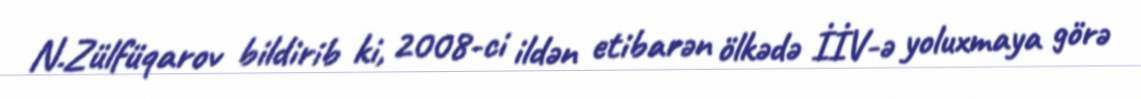
N.Zülfüqarov bildirib ki, 2008-ci ildən etibarən ölkədə İİV-ə yoluxmaya görə